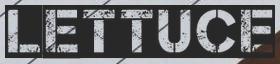
LETTUCE